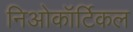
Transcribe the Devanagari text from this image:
निओकॉर्टिकल